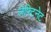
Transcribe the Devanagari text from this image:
लेफ्टिनेट